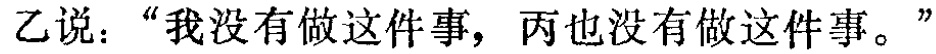
乙说：“我没有做这件事，丙也没有做这件事。”